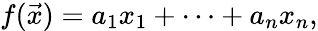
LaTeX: f({\vec{x}})=a_{1}x_{1}+\cdots+a_{n}x_{n},